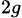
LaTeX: {}_{2g}